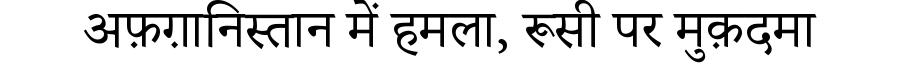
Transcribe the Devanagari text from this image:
अफ़ग़ानिस्तान में हमला, रूसी पर मुक़दमा